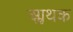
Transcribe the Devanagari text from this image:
आॢथक